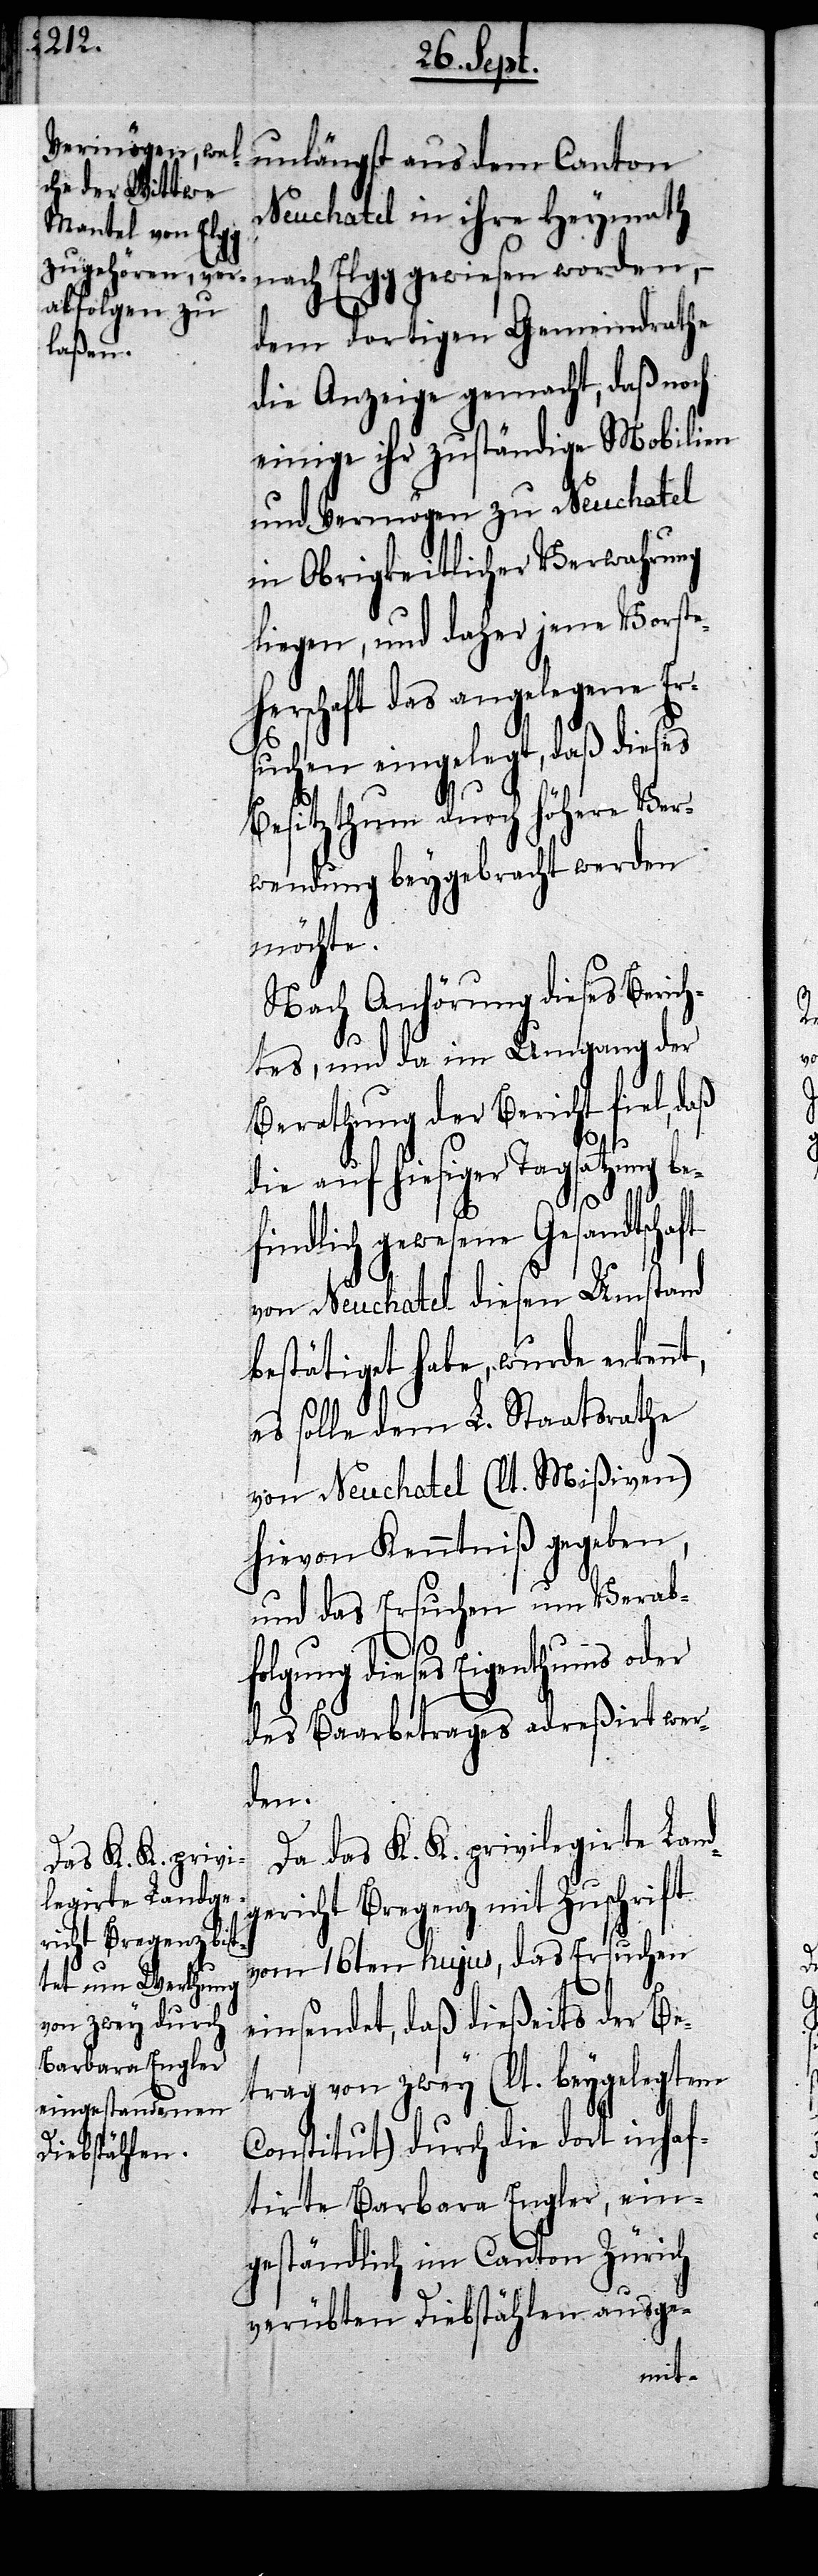
Neuchatel in ihre Heymath
nach Elgg gewiesen worden, –
dem dortigen Gemeindrathe
die Anzeige gemacht, daß noch
einige ihr zuständige Mobilien
und Vermögen zu Neuchatel
in Obrigkeitlicher Verwahrung
liegen, und daher jene Vorst¬
eherschaft das angelegene Er¬
suchen eingelegt, daß dieses
Besitzthum durch höhere Ver¬
wendung beygebracht werden
möchte.
Nach Anhörung dieses Berich¬
tes, und da im Umgang der
Berathung der Bericht fiel, daß
g¬
die auf hiesiger Tagsatzung be¬
findlich gewesene Gesandtschaft
von Neuchatel diesen Umstand
bestätigt habe, wurde erken¬
es solle dem L. Staatsrathe
von Neuchatel (lt. Mißiven)
hievon Kenntniß gegeben,
und das Ersuchen um Verab¬
folgung dieses Eigenthums
des Baarbetrages adreßirt wer¬
den.
Da das K. K. privilegirte Land¬
ericht Bregenz mit Zuschrift
vom 16ten hujus, das Ersuchen
einsendet, daß dießeits der Be¬
trag von zwey (lt. beygelegtem
Constitut) durch die dort inhaf¬
tirte Barbara Engler, ein¬
geständlich im Canton Zürich
verübten Diebstählen ausge-
nt,